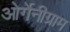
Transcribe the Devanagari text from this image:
ओर्गेनीग्राम